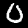
Digit: 0